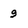
Character: 9